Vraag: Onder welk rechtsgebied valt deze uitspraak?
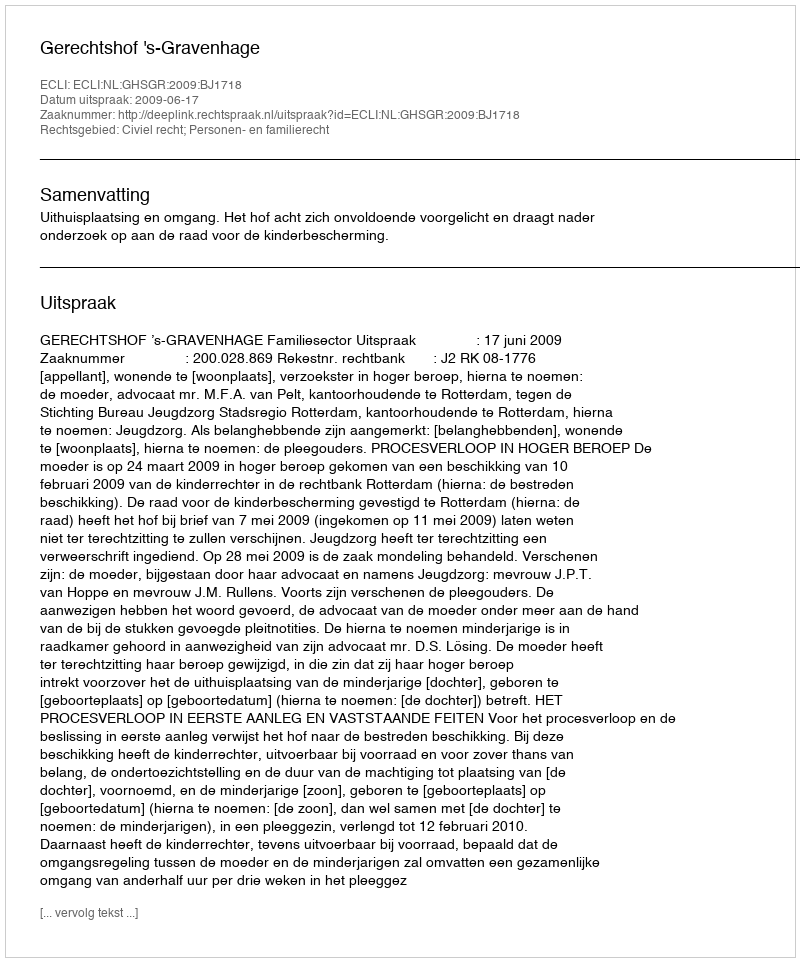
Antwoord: Civiel recht; Personen- en familierecht